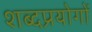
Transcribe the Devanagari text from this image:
शब्दप्रयोगों